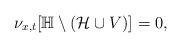
LaTeX: \begin{align*}\nu_{x,t}[\mathbb{H} \setminus (\mathcal{H}\cup V)]=0,\end{align*}